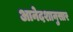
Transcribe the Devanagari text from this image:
आनेदशानुसार